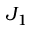
J _ { 1 }